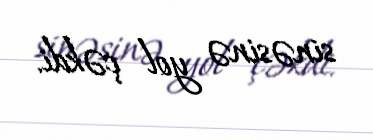
sinəsinə yol çəkdi.